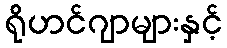
ရိုဟင်ဂျာများနှင့်